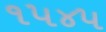
૧૫૪૫